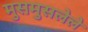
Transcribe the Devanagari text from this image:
मुसमुसलेले